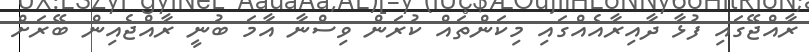
ރާއްޖޭގައި ފުޅާ ދާއިރާއެއްގައި މިކަންތައް ކުރަން ވިސްނާ އާމަ ބުނީ ރާއްޖެއިން ބޭރަށް